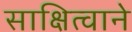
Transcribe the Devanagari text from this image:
साक्षित्वाने